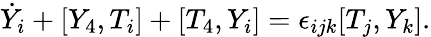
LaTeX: \dot{Y}_{i}+[Y_{4},T_{i}]+[T_{4},Y_{i}]=\epsilon_{ijk}[T_{j},Y_{k}].